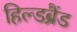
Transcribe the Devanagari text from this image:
हिल्डब्रैंड